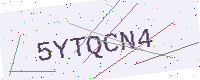
Text: 5YTQCN4